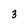
Character: 3